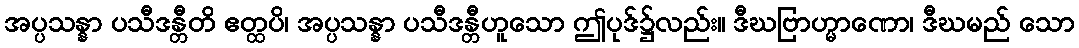
အပ္ပသန္နာ ပသီဒန္တီတိ ဧတ္ထပိ၊ အပ္ပသန္နာ ပသီဒန္တီဟူသော ဤပုဒ်၌လည်း။ ဒီဃဗြာဟ္မာဏော၊ ဒီဃမည် သော